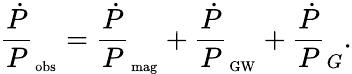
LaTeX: \frac{\dot{P}}{P}_{_\mathrm{obs}}=\frac{\dot{P}}{P}_{_\mathrm{mag}}+\frac{\dot{P}}{P}_{_\mathrm{GW}}+\frac{\dot{P}}{P}_{G}.